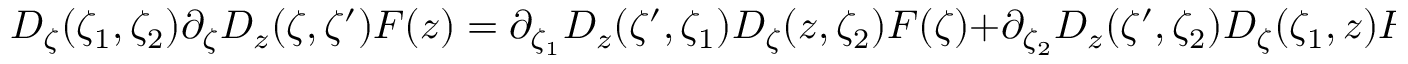
D _ { \zeta } ( \zeta _ { 1 } , \zeta _ { 2 } ) \partial _ { \zeta } D _ { z } ( \zeta , \zeta ^ { \prime } ) F ( z ) = \partial _ { \zeta _ { 1 } } D _ { z } ( \zeta ^ { \prime } , \zeta _ { 1 } ) D _ { \zeta } ( z , \zeta _ { 2 } ) F ( \zeta ) + \partial _ { \zeta _ { 2 } } D _ { z } ( \zeta ^ { \prime } , \zeta _ { 2 } ) D _ { \zeta } ( \zeta _ { 1 } , z ) F ( \zeta ) ,